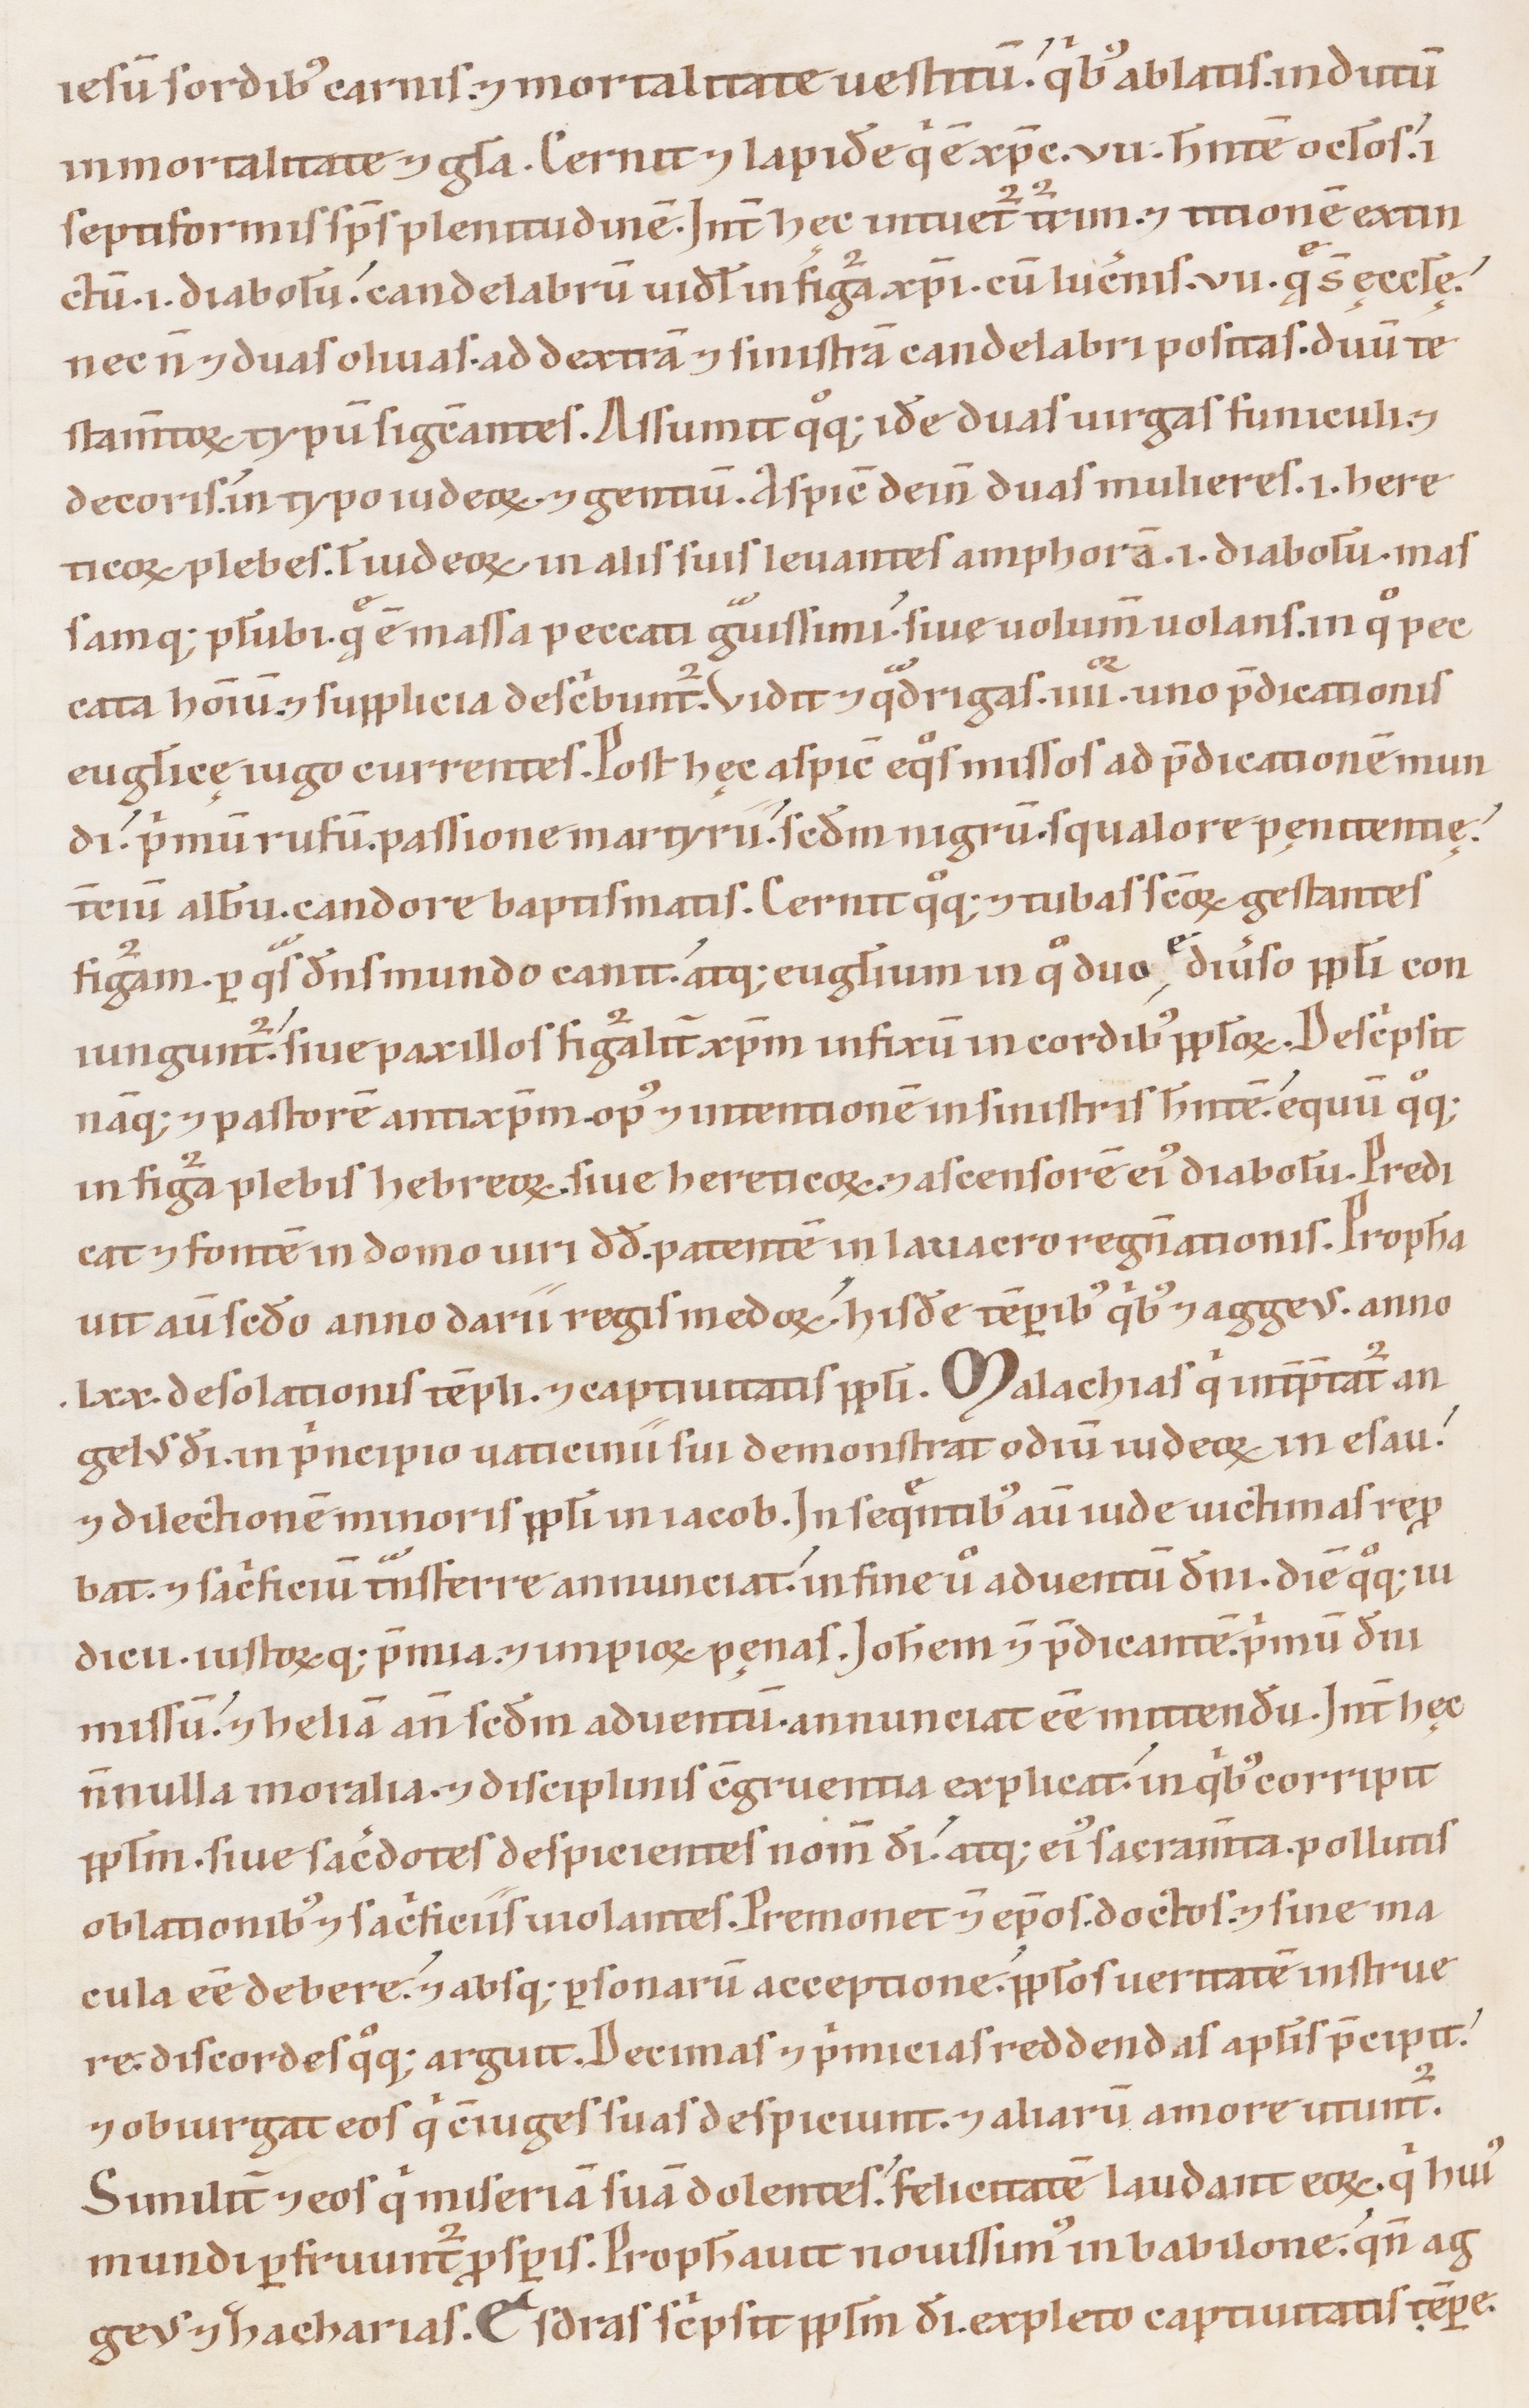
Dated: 1100–1199